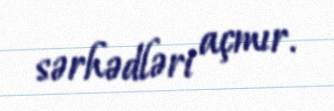
sərhədləri açmır.